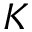
K